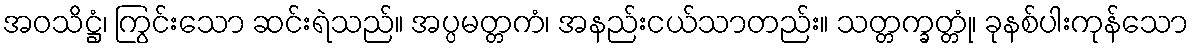
အဝသိဋ္ဌံ၊ ကြွင်းသော ဆင်းရဲသည်။ အပ္ပမတ္တကံ၊ အနည်းငယ်သာတည်း။ သတ္တက္ခတ္တုံ၊ ခုနစ်ပါးကုန်သော